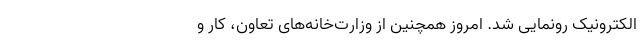
الکترونیک رونمایی شد. امروز همچنین از وزارت‌خانه‌های تعاون، کار و